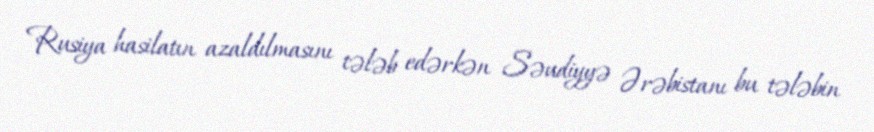
Rusiya hasilatın azaldılmasını tələb edərkən Səudiyyə Ərəbistanı bu tələbin